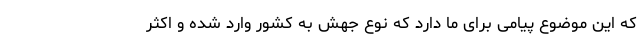
که این موضوع پیامی برای ما دارد که نوع جهش به کشور وارد شده و اکثر